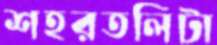
শহরতলিটা